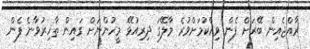
ރާއްޖެއިން ބޭރަށް ފެން ވިއްކުމަށްވުރެ މާލޭގަ ދިރިއުޅޭ މީހުންނަށް ގައިން ތާހިރުވާނެ ފެން